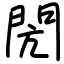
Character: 閌